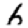
Digit: 6